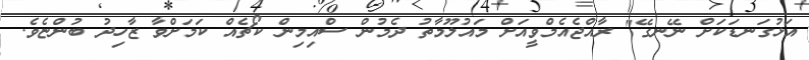
އަޅުގަނޑަކަށް ނޭނގޭ" ރާއްޖެއެމްވީއަށް މައުލޫމާތު ދެމުން ސްއިމިން ކޯޗެއް ކަމަށްވާ ޒާހިދު ބުންޏެވެ.